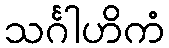
သင်္ဂါဟိကံ